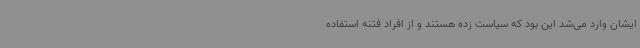
ایشان وارد می‌شد این بود که سیاست زده هستند و از افراد فتنه استفاده